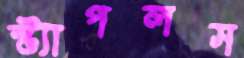
স্ট্যাপলস